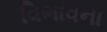
વિભાવના